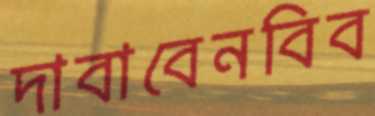
দাবাবেনবিব